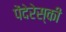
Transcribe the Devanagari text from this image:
पेंदेरेस्की